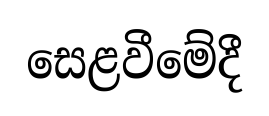
සෙළවීමේදී